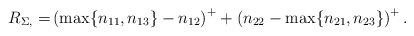
\begin{align*}R_{\Sigma,} =& \left(\max\{n_{11},n_{13}\}-n_{12}\right)^+ + \left(n_{22}-\max\{n_{21},n_{23}\}\right)^+. \end{align*}